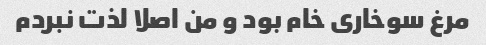
مرغ سوخاری خام بود و من اصلا لذت نبردم